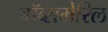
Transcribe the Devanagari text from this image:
बॉब्समेरिल